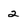
Character: 2